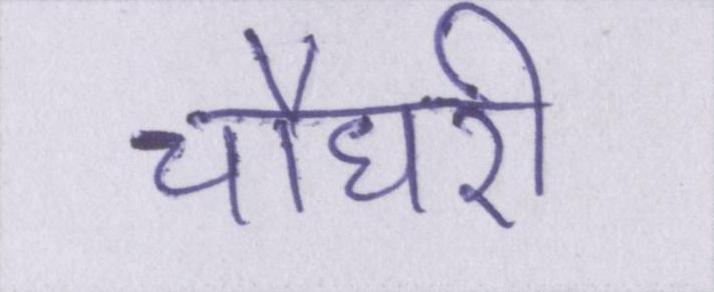
चौधरी